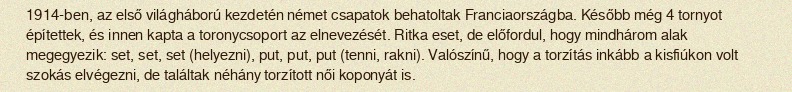
1914-ben, az első világháború kezdetén német csapatok behatoltak Franciaországba. Később még 4 tornyot építettek, és innen kapta a toronycsoport az elnevezését. Ritka eset, de előfordul, hogy mindhárom alak megegyezik: set, set, set (helyezni), put, put, put (tenni, rakni). Valószínű, hogy a torzítás inkább a kisfiúkon volt szokás elvégezni, de találtak néhány torzított női koponyát is.